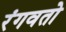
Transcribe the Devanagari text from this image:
रंगवतो